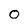
Character: o